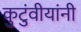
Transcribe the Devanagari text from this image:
कुटुंवीयांनी